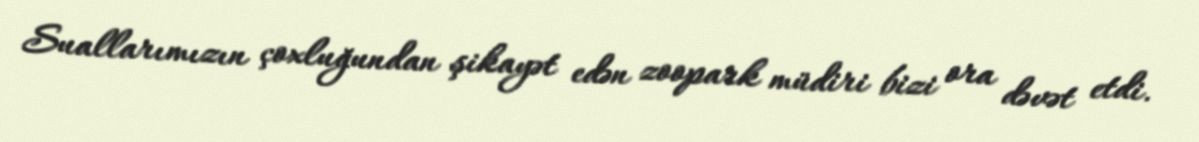
Suallarımızın çoxluğundan şikayət edən zoopark müdiri bizi ora dəvət etdi.